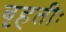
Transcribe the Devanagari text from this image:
बृहतीः